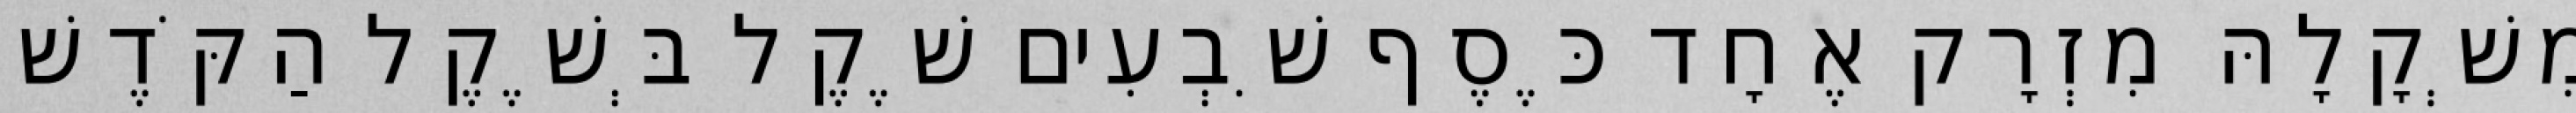
מִשְׁקָלָהּ מִזְרָק אֶחָד כֶּסֶף שִׁבְעִים שֶׁקֶל בְּשֶׁקֶל הַקֹּדֶשׁ